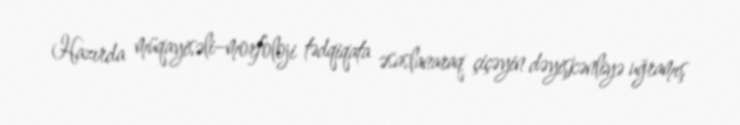
Hazırda müqayisəli–morfoloji tədqiqata əsaslanaraq çiçəyin dəyişkənliyə uğramış